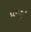
ઘનફૂટ